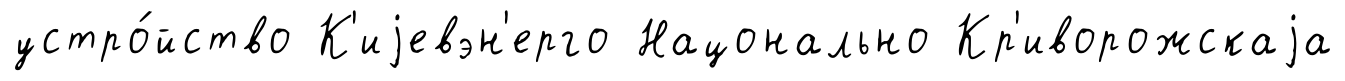
устро́йство К'иjевэн'ерго Нацонально Кр'иворожскаjа